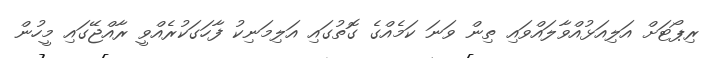
ރިޕޯޓަށް އަލިއަޅުއްވާލައްވައި ތިން ވަނަ ކަމެއްގެ ގޮތުގައި އަލިމަނިކު ފާހަގަކުރެއްވީ ރާއްޖޭގައި މީހުން